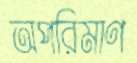
অপরিমাণ